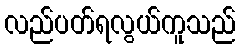
လည်ပတ်ရလွယ်ကူသည်